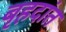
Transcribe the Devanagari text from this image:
बृहदांत